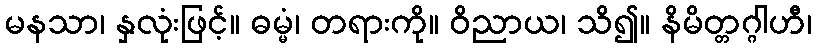
မနသာ၊ နှလုံးဖြင့်။ ဓမ္မံ၊ တရားကို။ ဝိညာယ၊ သိ၍။ နိမိတ္တဂ္ဂါဟီ၊